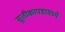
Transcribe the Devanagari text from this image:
सुतीकापडामध्ये